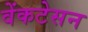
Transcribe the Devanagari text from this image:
वेंकटेसन